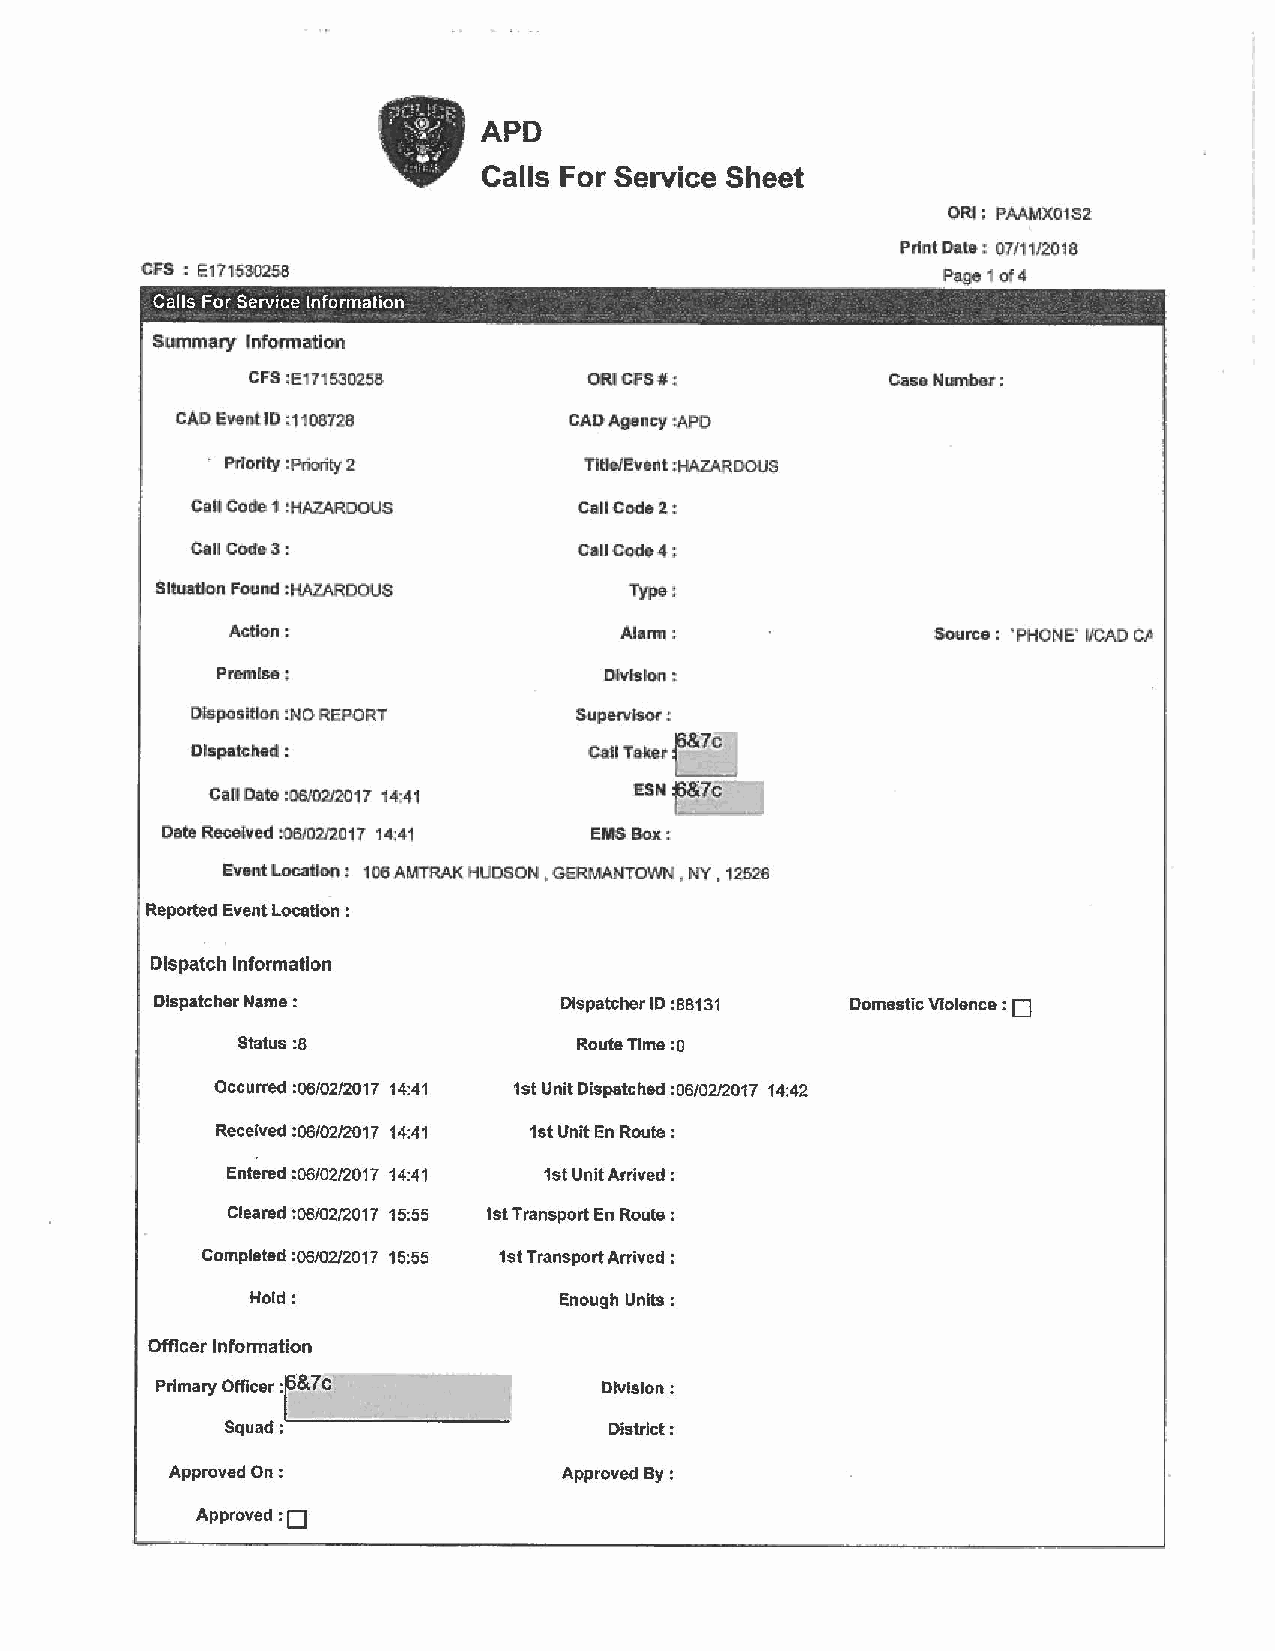
•
 APD
 Calls For Service Sheet
 ORi ; PAAMX01S2
 Print Date: 07/11/2018
 CFS : 1:171530258                                    Page 1 of 4
 -
 Calls For Service Information
 Surommy Information
 CFS :E1715302.56       ORIC'fS#:           C.tse NumbM:
 CAD EYent ID ~ 1108728    CAD Agency :APO
 · Prfortty :Priority 2   TUleJEvent :HAZARDOUS
 Call Code 1 :HAZARDOUS   C:a11Code1:
 Call Cod'e3:             Ca11Code4~
 Sltu.atlon Fcu!UI :HAZARDOUS
 Action~                   Alarm:               Source : 'PHONE' I/CAD C/a
 Premise:
 DJsposllbn :NO REPORT    Supervlsor!
 r&lc .
 Dispatched ~              C:a11 Taker
 can Date :06J02J2017 14;41  !SN . 7c
 Date Recelved :o6/02/2.017 14:41 EMS Box:
 Event Locallon: 106 AMTRAK HUDSON , GERMANTOWN , NY , 12526
 Reported Event Location :
 · Dispatch Information
 Dispatcher Name:           Dispatcher ID :88131 Domestic Violence : D
 Status :8             Route Time :o
 Occurred :06/02/2017 14:41 1st Unit Dispatched :06/02/2017 14:42
 Received :06/02/2017 14:41 1st Unit En Route :
 Entered :06/02/2017 14:41 1st Unit Arrived :
 Cleared :06/02/2017 15:55 1st Transport En Route :
 Completed :06/02/2017 15:55 1st Transport Arrived :
 Hold:               Enough Units :
 Officer Information
 =r&
 Primary Officer 7C            Division:
 Squad:'--~~-=~~~~~
 Distrlct:
 Approved On :             Approved By :
 :o
 Approved